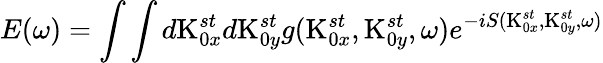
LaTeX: E(\omega)=\int\int d\textrm{K}_{0x}^{st}d\textrm{K}_{0y}^{st}g(\textrm{K}_{0x}^{st},\textrm{K}_{0y}^{st},\omega)e^{-iS(\textrm{K}_{0x}^{st},\textrm{K}_{0y}^{st},\omega)}